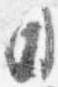
日